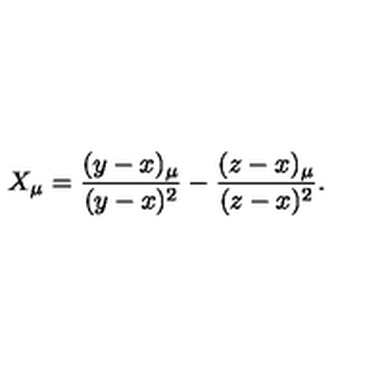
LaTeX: X _ { \mu } = \frac { ( y - x ) _ { \mu } } { ( y - x ) ^ { 2 } } - \frac { ( z - x ) _ { \mu } } { ( z - x ) ^ { 2 } } .